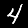
Label: 4